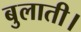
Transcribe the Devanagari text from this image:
बुलाती।